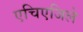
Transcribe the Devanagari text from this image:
एचिएजिले